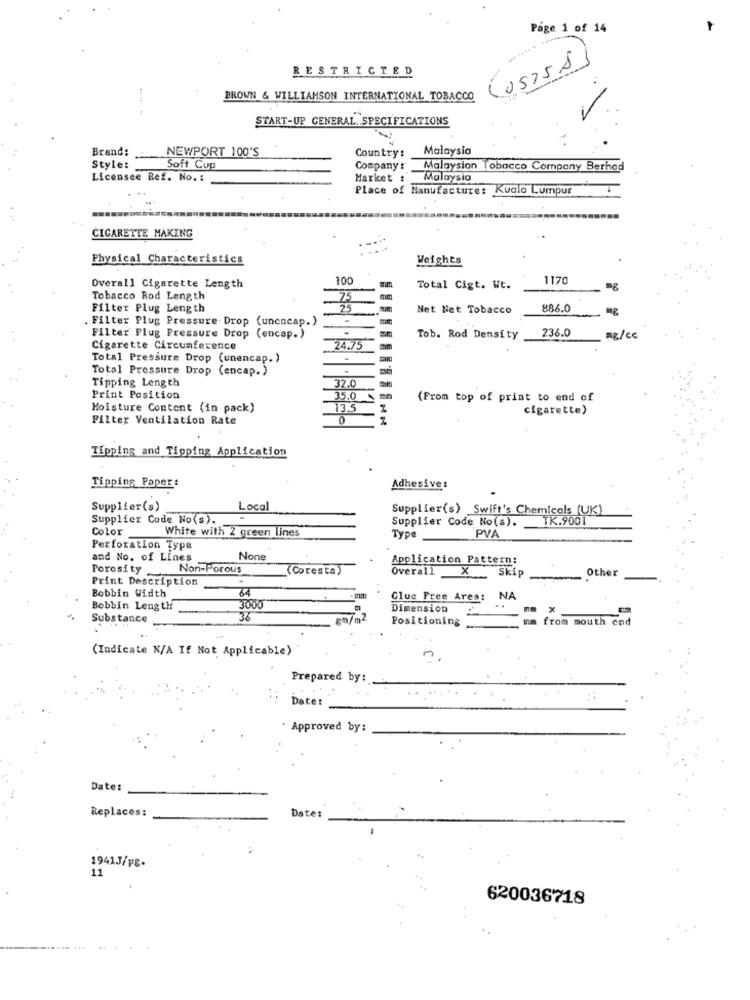
Page 1 of 14
(05758)
RESTRICTED
BROWN & WILLIAMSON INTERNATIONAL TOBACCO
START-UP GENERAL. SPECIFICATIONS
Brand:
NEWPORT 100'S
Malaysia
Country:
Style:
Soft Cup
Company :
Malaysian
obacco Company Berhad
Licensee Ref. No. :
Market :
Malaysia
Place of Manufacture: Kuala Lumpur
CIGARETTE MAKING
Physical Characteristics
Weights
100
1170
Overall Cigarette Length
Total Cigt. Wt.
Tobacco Rod Length
75
Filter Plug Length
Net Net Tobacco
886.0
. Filter Plug Pressure Drop (unencap.)
(encap. )
236.0
Filter Plug Pressure Drop
Tob. Rod Density
BR/cc
Cigarette Circumference
24.75
Total Pressure Drop (unencap. )
Total Pressure Drop (encap.)
Tipping Length
32.0
Print Position
35.0
(From top of print to end of
Moisture Content (in pack)
13.5
cigarette)
Filter Ventilation Rate
0
Tipping and Tipping Application
Tipping Paper:
Adhesive:
Supplier(s)
Local
Supplier(s) Swift's Chemicals (UK)
Supplier Code No(s).
Supplier Code No(s).
TK.9001
Color
White with 2 green lines
PVA
Type
Perforation Type
and No. of Lines
Application Pattern:
tern
Porosity
Non-Porous
(Coresta)
Overall X Skip
Other
Print Description
Bobbin Width
Clue Free Area: NA
Bobbin Length
3000
Dimension
..
x
Substance
36
pm/m2
Positioning
from mouth end
(Indicate N/A If Not Applicable)
n
Prepared by:
Date:
Approved by:
Date:
Replaces:
Date:
1941J/p8.
11
620036718